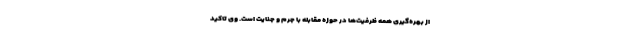
از بهره‌گیری همه ظرفیت‌ها در حوزه مقابله با جرم و جنایت است. وی تاکید